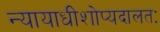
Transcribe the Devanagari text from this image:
न्यायाधीशोप्यदालतः